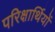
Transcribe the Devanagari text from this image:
परिक्षार्थियों